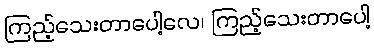
ကြည့်သေးတာပေါ့လေ၊ ကြည့်သေးတာပေါ့